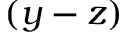
( y - z )